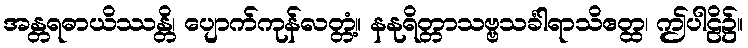
အန္တရဓာယိဿန္တိ၊ ပျောက်ကုန်လတ္တံ့။ နနုရိတ္တာသဗ္ဗသင်္ခါရာသိဧတ္ထ၊ ဤပါဠိ၌။